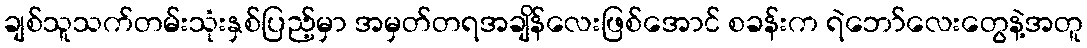
ချစ်သူသက်တမ်းသုံးနှစ်ပြည့်မှာ အမှတ်တရအချိန်လေးဖြစ်အောင် စခန်းက ရဲဘော်လေးတွေနဲ့အတူ